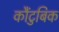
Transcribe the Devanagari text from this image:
कौंटुबिक